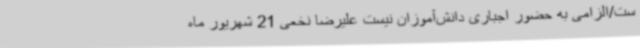
ست/الزامی به حضور اجباری دانش‌آموزان نیست علیرضا نخعی 21 شهریور ماه